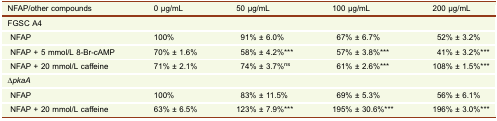
<table><thead><tr><td><b>NFAP/other compounds</b></td><td><b>0 μg/mL</b></td><td><b>50 μg/mL</b></td><td><b>100 μg/mL</b></td><td><b>200 μg/mL</b></td></tr></thead><tbody><tr><td colspan="5">FGSC A4</td></tr><tr><td> NFAP</td><td>100%</td><td>91% ± 6.0%</td><td>67% ± 6.7%</td><td>52% ± 3.2%</td></tr><tr><td> NFAP + 5 mmol/L 8-Br-cAMP</td><td>70% ± 1.6%</td><td>58% ± 4.2%***</td><td>57% ± 3.8%***</td><td>41% ± 3.2%***</td></tr><tr><td> NFAP + 20 mmol/L caffeine</td><td>71% ± 2.1%</td><td>74% ± 3.7%<sup>ns</sup></td><td>61% ± 2.6%***</td><td>108% ± 1.5%***</td></tr><tr><td colspan="5"><i>∆pkaA</i></td></tr><tr><td> NFAP</td><td>100%</td><td>83% ± 11.5%</td><td>69% ± 5.3%</td><td>56% ± 6.1%</td></tr><tr><td> NFAP + 20 mmol/L caffeine</td><td>63% ± 6.5%</td><td>123% ± 7.9%***</td><td>195% ± 30.6%***</td><td>196% ± 3.0%***</td></tr></tbody></table>